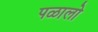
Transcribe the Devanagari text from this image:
पळालो